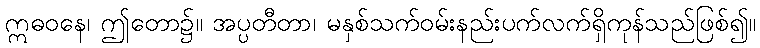
ဣဓဝနေ၊ ဤတော၌။ အပ္ပတီတာ၊ မနှစ်သက်ဝမ်းနည်းပက်လက်ရှိကုန်သည်ဖြစ်၍။